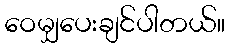
ဝေမျှပေးချင်ပါတယ်။